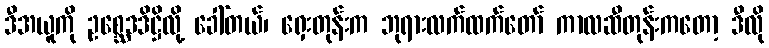
ဒီအယူကို ဥစ္ဆေဒဒိဋ္ဌိလို့ ခေါ်တယ်၊ ရှေးတုန်းက ဘုရားလက်ထက်တော် ကာလဆီတုန်းကတော့ ဒီလို